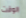
الوقت